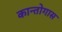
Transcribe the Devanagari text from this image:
कान्तोगास